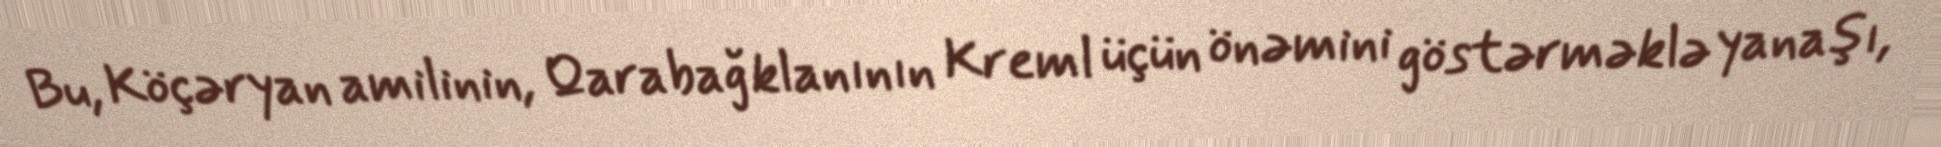
Bu, Köçəryan amilinin, Qarabağ klanının Kreml üçün önəmini göstərməklə yanaşı,